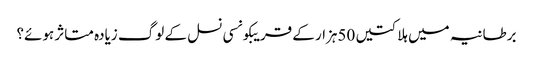
برطانیہ میں ہلاکتیں 50ہزار کے قریبکونسی نسل کے لوگ زیادہ متاثر ہوئے؟